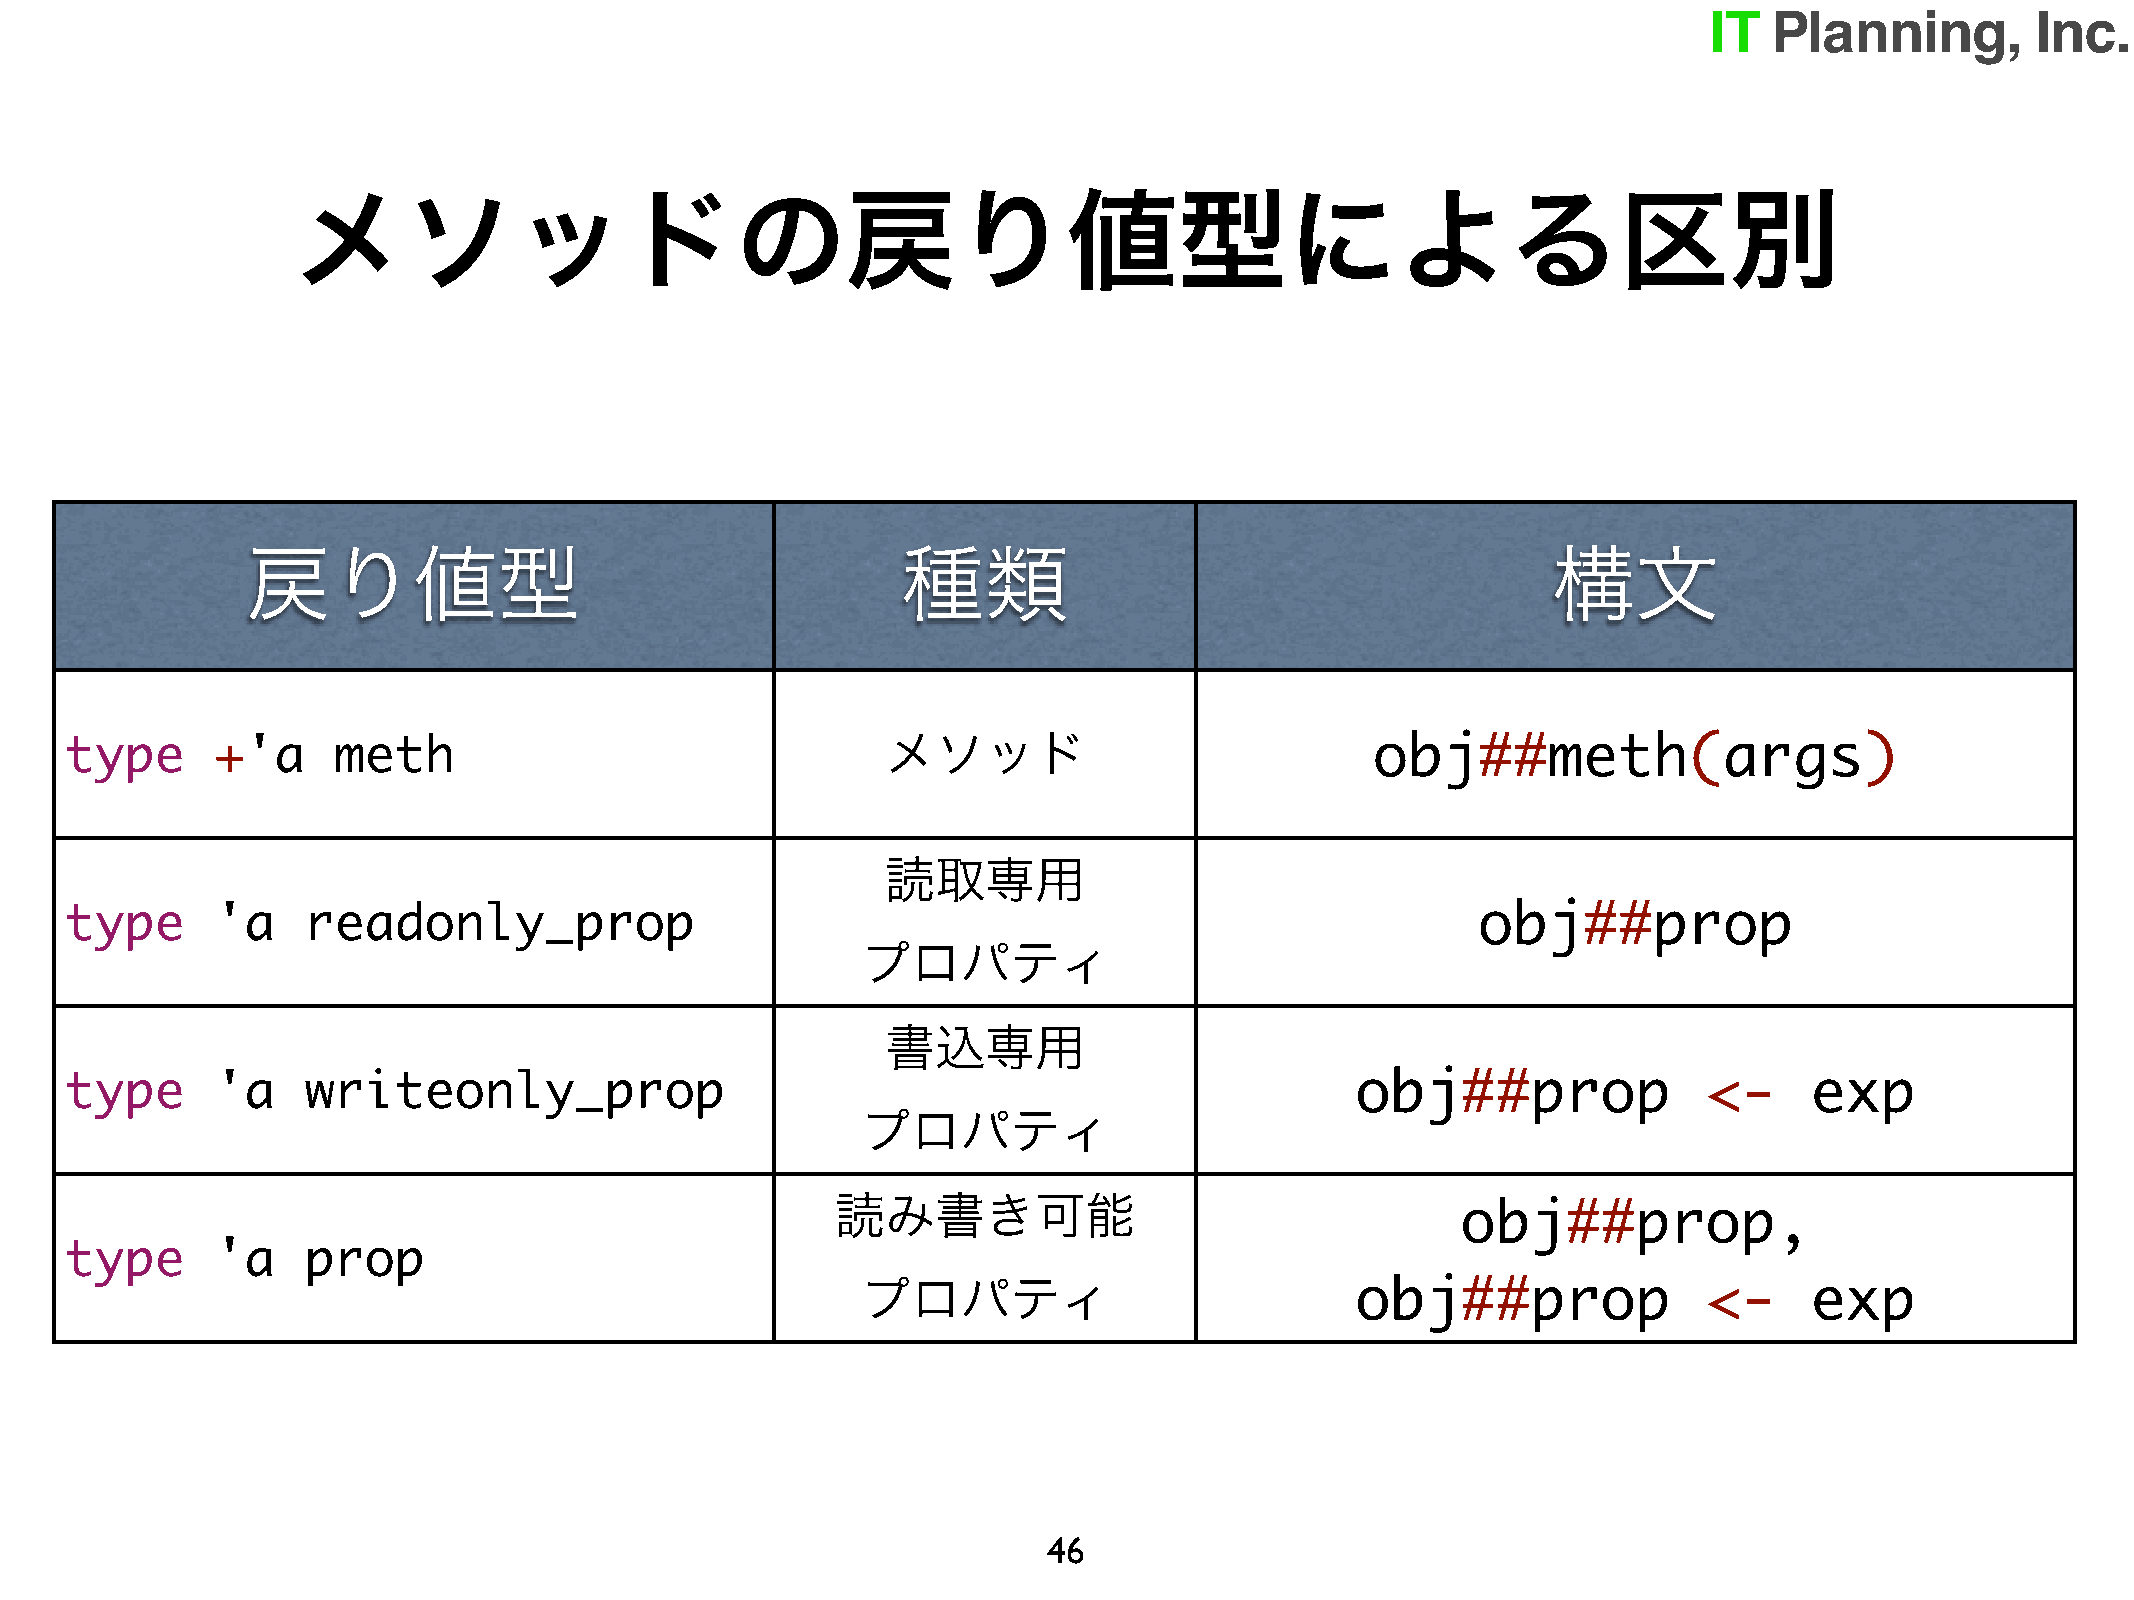
メソッドの戻り値型による区別
 戻り値型                                        種類                                         構文
 type      +'a     meth                                 メソッド                            obj##meth(args)
 読取専用
 type      'a    readonly_prop                                                                 obj##prop
 プロパティ
 書込専用
 type      'a    writeonly_prop                                                        obj##prop              <-     exp
 プロパティ
 読み書き可能
 obj##prop,
 type      'a    prop
 プロパティ                            obj##prop              <-     exp
 46